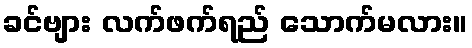
ခင်ဗျား လက်ဖက်ရည် သောက်မလား။